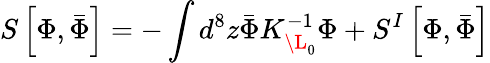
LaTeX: S\left[\Phi,\bar{\Phi}\right]=-\int d^{8}z\bar{\Phi}K_{\L_{0}}^{-1}\Phi+S^{I}\left[\Phi,\bar{\Phi}\right]